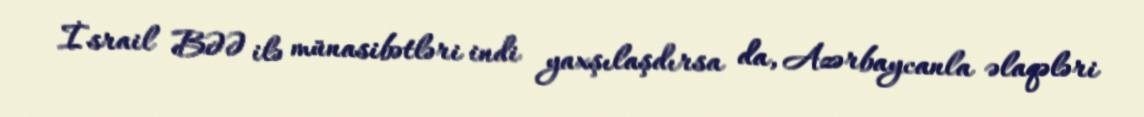
İsrail BƏƏ ilə münasibətləri indi yaxşılaşdırsa da, Azərbaycanla əlaqələri